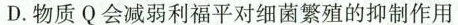
D.物质Q会减弱利福平对细菌繁殖的抑制作用